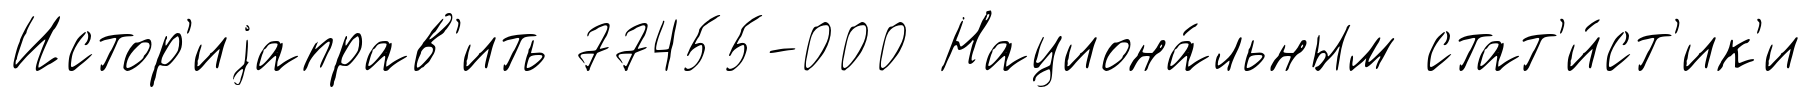
Истор'иjаправ'ить 77455-000 Национа́льным стат'и́ст'ик'и